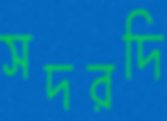
সদরদি